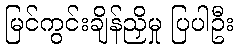
မြင်ကွင်းချိန်ညှိမှု ပြပါဦး